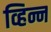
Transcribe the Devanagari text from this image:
व्हिन्न